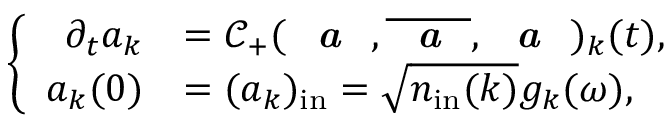
\left\{ \begin{array} { r l } { \partial _ { t } a _ { k } } & { = \mathcal C _ { + } ( \textit { \textbf { a } } , \overline { { \textit { \textbf { a } } } } , \textit { \textbf { a } } ) _ { k } ( t ) , } \\ { a _ { k } ( 0 ) } & { = ( a _ { k } ) _ { \mathrm { i n } } = \sqrt { n _ { \mathrm { i n } } ( k ) } g _ { k } ( \omega ) , } \end{array} \right.